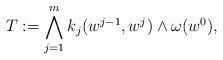
\begin{align*}T:=\bigwedge_{j=1}^m k_j(w^{j-1},w^j)\wedge \omega(w^0), \end{align*}